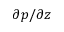
\partial p / \partial z